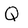
Character: Q